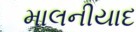
માલનીયાદ